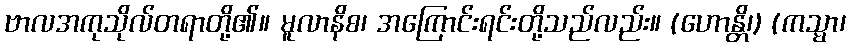
ဗာလအကုသိုလ်တရာတို့၏။ မူလာနိစ၊ အကြောင်းရင်းတို့သည်လည်း။ (ဟောန္တိ၊) (ကသ္မာ၊